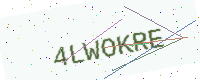
Text: 4LWOKRE